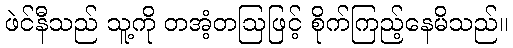
ဖဲင်နီသည် သူ့ကို တအံ့တဩဖြင့် စိုက်ကြည့်နေမိသည်။